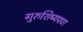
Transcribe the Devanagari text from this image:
गुरुशिष्यपण